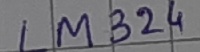
Text: lm324